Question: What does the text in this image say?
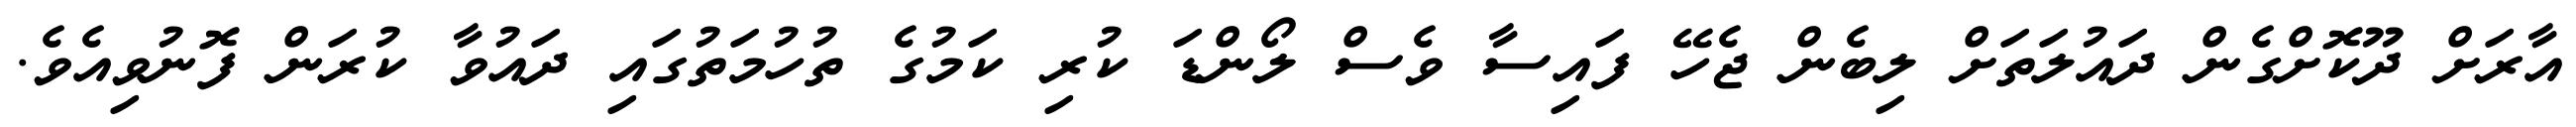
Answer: އާރަށް ދޫކޮށްގެން ދައުލަތަށް ލިބެން ޖެހޭ ފައިސާ ވެސް ލޯންޑަ ކުރި ކަމުގެ ތުހުމަތުގައި ދައުވާ ކުރަން ފޮނުވިއެވެ.